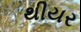
થીયર